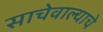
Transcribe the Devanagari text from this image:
साचेवाल्याचे